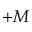
+ M